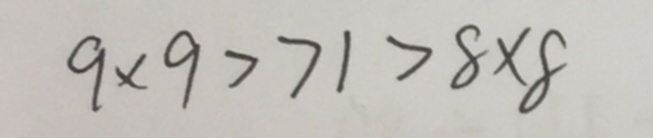
9 \times 9 > 7 1 > 8 \times 8